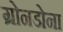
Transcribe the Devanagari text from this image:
ग्रोनडोना